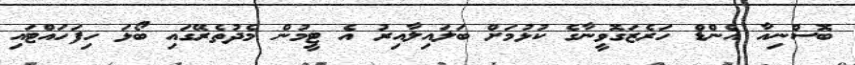
ބޮސްނިއާ އެންޑް ހަރެޒަގޮވީނާގެ ކުޅުމަށް ބަލައިލާއިރު އެ ޓީމުން މެދުތެރޭގައި ބޯޅަ ހިފަހައްޓައި